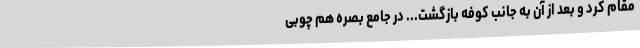
مُقام کرد و بعد از آن به جانب کوفه بازگشت... در جامع بصره هم چوبی